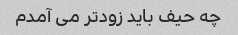
چه حیف باید زودتر می آمدم